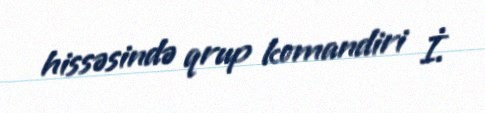
hissəsində qrup komandiri İ.